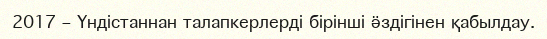
2017 – Үндістаннан талапкерлерді бірінші ӛздігінен қабылдау.